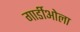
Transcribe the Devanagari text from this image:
गार्डीओला